Civil Veterinary Department Bihar & Orissa reports 1922-29 - 1922-1929
Year: 1922
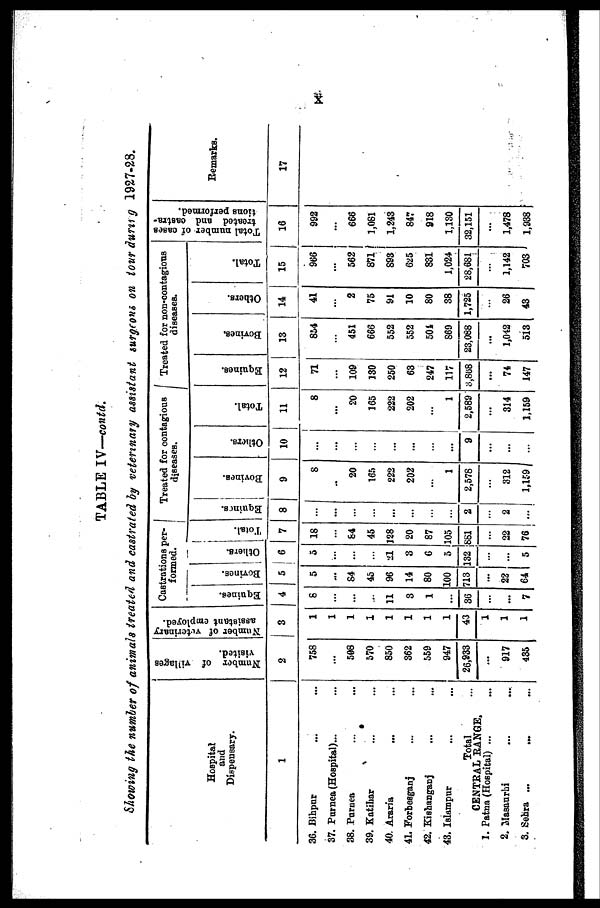
x
TABLE IV—coittd.
Showing the number of animals treated and castrated by veterinary assistant surgeons on during during 1927-28.
Hospital
and
Dispensary.
1
36.
Bihpur...
37. Purnea(Hospital)...
38.
Purnea...
39. Katihar...
40.
Araria...
41. Forbesganj...
42. Kishanganj...
43. Islampur...
Total
CENTRAL RANGE
1. Patna (Hospital) ...
2. Masaurhi...
3. Sehra
......
Number of villages
visited.
2
758
...
508
570
850
862
559
947
26,933
...
917
435
Number
of veterinary
assistant employed.
3
1
1
1
1
1
1
1
1
43
1
1
1
Castrations per-
form
Equinea.
4
8
...
...
11
3
1
...
86
...
...
7
Bovincs.
5
5
...
84
45
96
14
80
100
713
...
22
64
Others.
6
5
...
...
...
21
3
6
5
132
...
5
Total.
7
18
84
45
128
20
87
105
881
...
22
76
Treated for contagious
diseases.
Equines
8
...
...
...
...
...
...
...
...
2
...
2
...
Bovines.
9
8
..
20
165
222
202
...
1
2,578
312
1,159
Others.
10
v
...
...
...
...
...
...
...
9
...
...
Total.
11
8
...
20
165
222
202
1
2,589
...
314
1,159
Treated for non-contagious
diseases.
Equities.
12
71
...
109
130
250
63
247
117
3,868
...
74
147
Bovines,
13
854
...
451
666
552
552
501
869
23,088
...
1,042
513
Others.
14
41
...
2
75
91
10
80
38
1,725
...
26
43
Total.
15
966
...
562
871
893
625
831
1,024
28,681
...
1,142
703
Total number of cases
treated
and castra-
tions performed.
16
992
...
666
1,081
1,243
847
918
1,130
32,151
...
1,478
1,938
Remarks
17